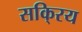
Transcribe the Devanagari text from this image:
सकि्रय